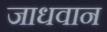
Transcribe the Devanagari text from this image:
जाधवान